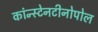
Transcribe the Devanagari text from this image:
कांन्स्टेनटीनोपोल